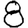
Digit: 8